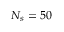
N _ { s } = 5 0